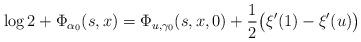
LaTeX: \begin{align*}\log 2+\Phi_{\alpha_0}(s,x)&=\Phi_{u,\gamma_0}(s,x,0)+\frac{1}{2}\bigl(\xi'(1)-\xi'(u)\bigr)\end{align*}